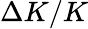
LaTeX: \Delta K/K